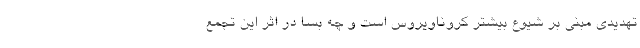
تهدیدی مبنی بر شیوع بیشتر کروناویروس است و چه بسا در اثر این تجمع